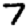
Digit: 7